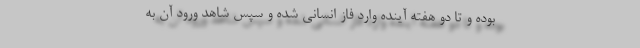
بوده و تا دو هفته آینده وارد فاز انسانی شده و سپس شاهد ورود آن به